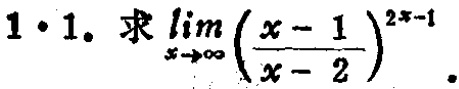
$1 \cdot 1.$ 求$\lim\limits_{x \to \infty}(\frac{x - 1}{x - 2})^{2x - 1}$.